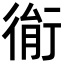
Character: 𢔮